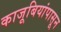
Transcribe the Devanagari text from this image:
काजूबियांपासून